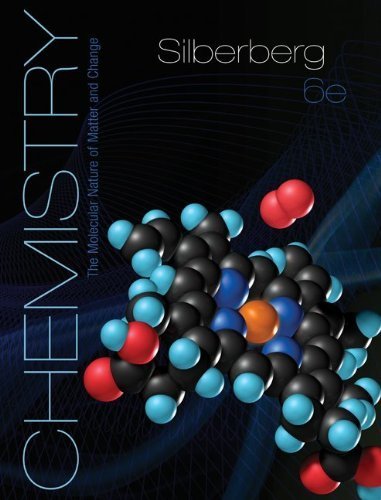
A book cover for Chemistry: The Molecular Nature of Matter and Change 6th (sixth) Edition by Silberberg, Martin published by McGraw-Hill Science/Engineering/Math (2011); Science & Math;